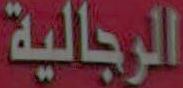
الرجالية